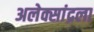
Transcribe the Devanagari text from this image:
अलेक्सांद्रला